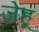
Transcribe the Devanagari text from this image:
जेहू